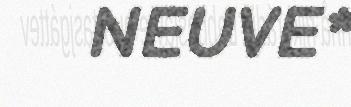
NEUVE*